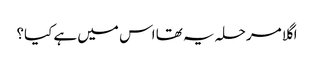
اگلا مرحلہ یہ تھا اس میں ہے کیا؟